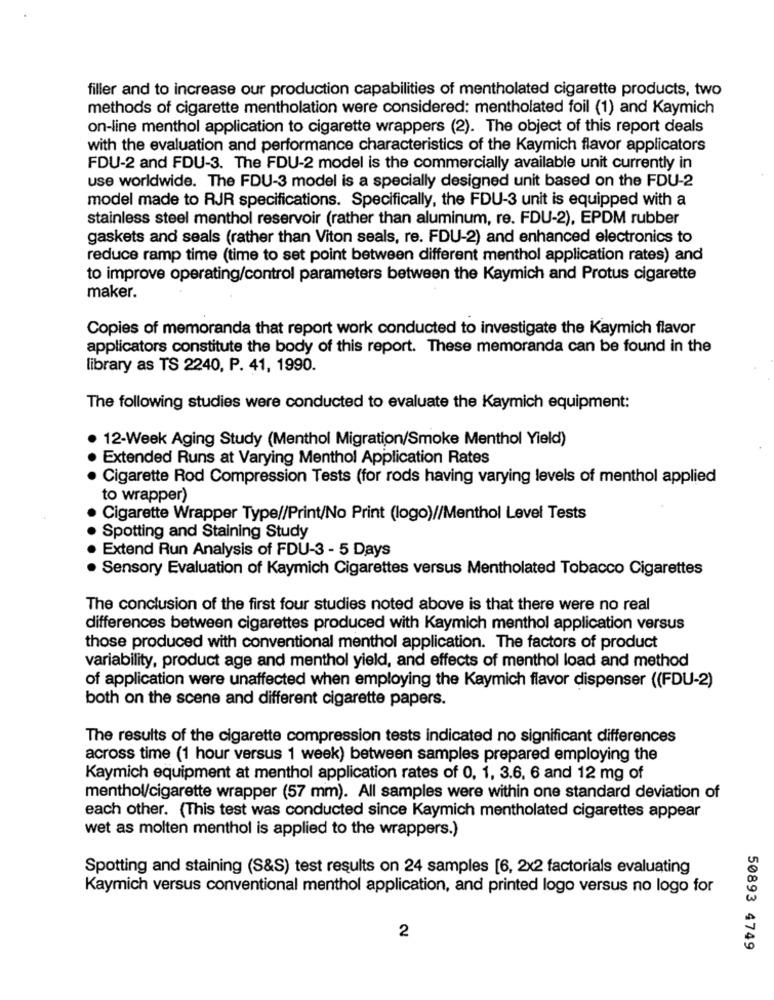
filler and to increase our production capabilities of mentholated cigarette products, two
methods of cigarette mentholation were considered: mentholated foil (1) and Kaymich
on-line menthol application to cigarette wrappers (2). The object of this report deals
with the evaluation and performance characteristics of the Kaymich flavor applicators
FDU-2 and FDU-3. The FDU-2 model is the commercially available unit currently in
use worldwide. The FDU-3 model is a specially designed unit based on the FDU-2
model made to RJR specifications. Specifically, the FDU-3 unit is equipped with a
stainless steel menthol reservoir (rather than aluminum, re. FDU-2), EPDM rubber
gaskets and seals (rather than Viton seals, re. FDU-2) and enhanced electronics to
reduce ramp time (time to set point between different menthol application rates) and
to improve operating/control parameters between the Kaymich and Protus cigarette
maker.
Copies of memoranda that report work conducted to investigate the Kaymich flavor
applicators constitute the body of this report. These memoranda can be found in the
library as TS 2240, P. 41, 1990.
The following studies were conducted to evaluate the Kaymich equipment:
12-Week Aging Study (Menthol Migration/Smoke Menthol Yield)
Extended Runs at Varying Menthol Application Rates
.
Cigarette Rod Compression Tests (for rods having varying levels of menthol applied
to wrapper)
Cigarette Wrapper Type//Print/No Print (logo)//Menthol Level Tests
Spotting and Staining Study
Extend Run Analysis of FDU-3 - 5 Days
· Sensory Evaluation of Kaymich Cigarettes versus Mentholated Tobacco Cigarettes
The conclusion of the first four studies noted above is that there were no real
differences between cigarettes produced with Kaymich menthol application versus
those produced with conventional menthol application. The factors of product
variability, product age and menthol yield, and effects of menthol load and method
of application were unaffected when employing the Kaymich flavor dispenser ((FDU-2)
both on the scene and different cigarette papers.
The results of the cigarette compression tests indicated no significant differences
across time (1 hour versus 1 week) between samples prepared employing the
Kaymich equipment at menthol application rates of 0, 1, 3.6, 6 and 12 mg of
menthol/cigarette wrapper (57 mm). All samples were within one standard deviation of
each other. (This test was conducted since Kaymich mentholated cigarettes appear
wet as molten menthol is applied to the wrappers.)
Spotting and staining (S&S) test results on 24 samples [6, 2x2 factorials evaluating
Kaymich versus conventional menthol application, and printed logo versus no logo for
2
50893 4749